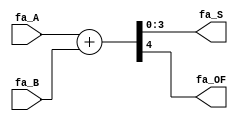
`timescale 1ns / 1ps
//////////////////////////////////////////////////////////////////////////////////
// Company: University of Missouri-Kansas City
// Module Name: FA_nb
// Project Name: Final_228
//////////////////////////////////////////////////////////////////////////////////
module FA_nb
    #(parameter FA_BIT_WIDTH=4)(
        //input Cin,
        input [FA_BIT_WIDTH-1:0] fa_A, fa_B,
        output [FA_BIT_WIDTH-1:0] fa_S,
        output fa_OF  //because we don't care about signs--yet
    );
    
    assign {fa_OF,fa_S} = fa_A + fa_B;
    
endmodule